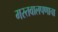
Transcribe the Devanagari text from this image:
मस्तवालपणाचा